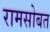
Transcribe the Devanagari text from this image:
रामसोबत